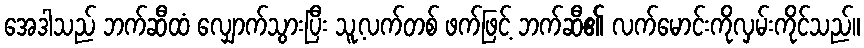
အေဒါသည် ဘက်ဆီထံ လျှောက်သွားပြီး သူ့လက်တစ် ဖက်ဖြင့် ဘက်ဆီ၏ လက်မောင်းကိုလှမ်းကိုင်သည်။